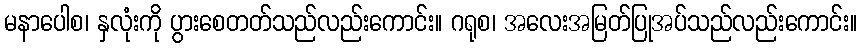
မနာပေါစ၊ နှလုံးကို ပွားစေတတ်သည်လည်းကောင်း။ ဂရုစ၊ အလေးအမြတ်ပြုအပ်သည်လည်းကောင်း။